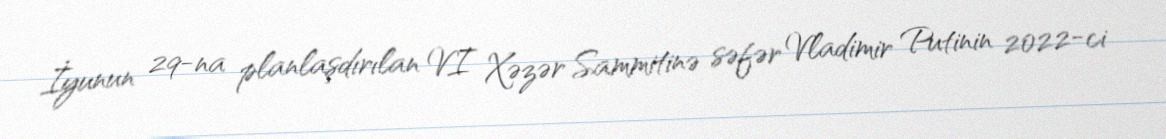
İyunun 29-na planlaşdırılan VI Xəzər Sammitinə səfər Vladimir Putinin 2022-ci